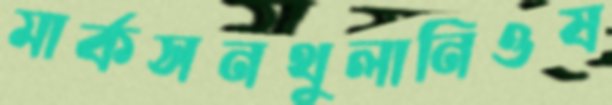
মার্কসনথুলানিওষ